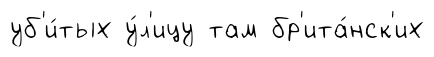
уб'и́тых у́л'ицу там бр'ита́нск'их